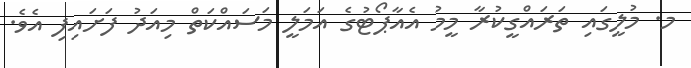
މ. މުލީގައި ތަރައްގީކުރާ މީމު އެއާޕޯޓުގެ އަމަލީ މަސައްކަތް މިއަދު ފަށައިފި އެވެ.